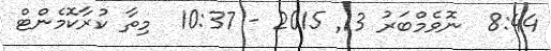
8:44  ނޮވެމްބަރު 13